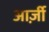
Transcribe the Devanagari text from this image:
आर्ज़ी